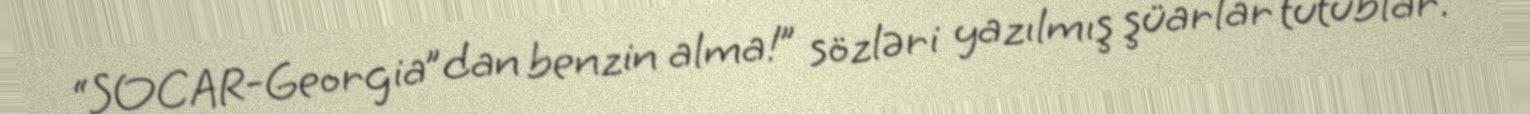
“SOCAR-Georgia”dan benzin alma!” sözləri yazılmış şüarlar tutublar.